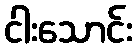
ငါးသောင်း